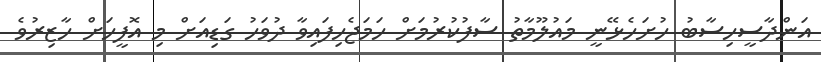
އަންދާސީހިސާބު ހުށަހެޅޭނީ މައުލޫމާތު ސާފުކުރުމަށް ހަމަޖެހިފައިވާ ދުވަހު ގަޑިއަށް މި އޮފީހަށް ހާޒިރުވެ